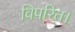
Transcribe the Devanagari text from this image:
विपरित।